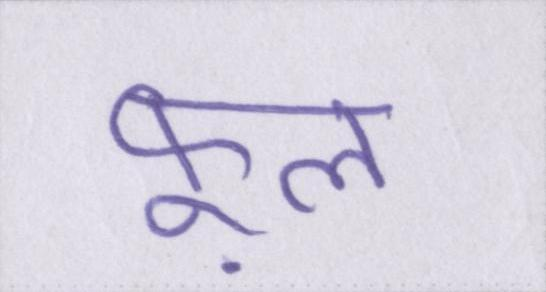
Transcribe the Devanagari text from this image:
फ़ूल